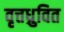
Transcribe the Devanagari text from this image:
वृत्तध्रुवित